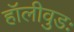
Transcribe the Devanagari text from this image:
हॉलीवुडः